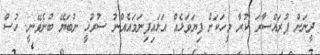
ދީނަށް ފުރައްސާރަ ކުރާ މީހަކަށް ފިޔަވަޅެއް އަޅައިފިނަމައެއްނު ސުރުޚީ ނުބަޔޭ ބުނެވޭނީ. ހުސް